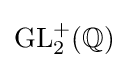
\mathrm {GL} _{2}^{+}(\mathbb {Q} )